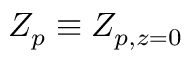
Z _ { p } \equiv Z _ { p , z = 0 }